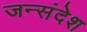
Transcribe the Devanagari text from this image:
जन्संदेश